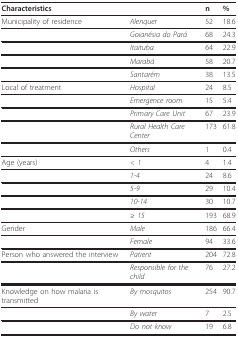
<table><thead><tr><td><b>Characteristics</b></td><td></td><td><b>n</b></td><td><b>%</b></td></tr></thead><tbody><tr><td>Municipality of residence</td><td><i>Alenquer</i></td><td>52</td><td>18.6</td></tr><tr><td></td><td><i>Goianésia do Pará</i></td><td>68</td><td>24.3</td></tr><tr><td></td><td><i>Itaituba</i></td><td>64</td><td>22.9</td></tr><tr><td></td><td><i>Marabá</i></td><td>58</td><td>20.7</td></tr><tr><td></td><td><i>Santarém</i></td><td>38</td><td>13.5</td></tr><tr><td>Local of treatment</td><td><i>Hospital</i></td><td>24</td><td>8.5</td></tr><tr><td></td><td><i>Emergence room</i></td><td>15</td><td>5.4</td></tr><tr><td></td><td><i>Primary Care Unit</i></td><td>67</td><td>23.9</td></tr><tr><td></td><td><i>Rural Health Care Center</i></td><td>173</td><td>61.8</td></tr><tr><td></td><td><i>Others</i></td><td>1</td><td>0.4</td></tr><tr><td>Age (years)</td><td><i>&lt; 1 </i></td><td>4</td><td>1.4</td></tr><tr><td></td><td><i>1-4</i></td><td>24</td><td>8.6</td></tr><tr><td></td><td><i>5-9</i></td><td>29</td><td>10.4</td></tr><tr><td></td><td><i>10-14</i></td><td>30</td><td>10.7</td></tr><tr><td></td><td><i>≥ 15 </i></td><td>193</td><td>68.9</td></tr><tr><td>Gender</td><td><i>Male</i></td><td>186</td><td>66.4</td></tr><tr><td></td><td><i>Female</i></td><td>94</td><td>33.6</td></tr><tr><td>Person who answered the interview</td><td><i>Patient</i></td><td>204</td><td>72.8</td></tr><tr><td></td><td><i>Responsible for the child</i></td><td>76</td><td>27.2</td></tr><tr><td>Knowledge on how malaria is transmitted</td><td><i>By mosquitos</i></td><td>254</td><td>90.7</td></tr><tr><td></td><td><i>By water</i></td><td>7</td><td>2.5</td></tr><tr><td></td><td><i>Do not know</i></td><td>19</td><td>6.8</td></tr></tbody></table>